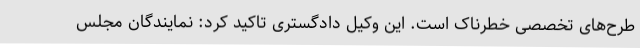
طرح‌های تخصصی خطرناک است. این وکیل دادگستری تاکید کرد: نمایندگان مجلس